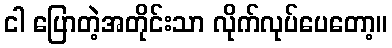
ငါ ပြောတဲ့အတိုင်းသာ လိုက်လုပ်ပေတော့။